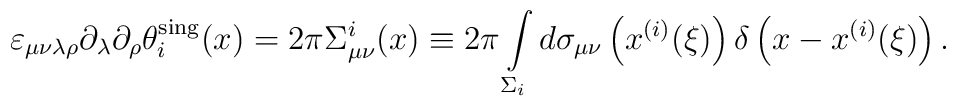
\varepsilon_{\mu\nu\lambda\rho}\partial_\lambda\partial_\rho\theta_i^{\rm sing}(x)=2\pi\Sigma_{\mu\nu}^i(x)\equiv2\pi\int\limits_{\Sigma_i}^{}d\sigma_{\mu\nu}\left(x^{(i)}(\xi)\right)\delta\left(x-x^{(i)}(\xi)\right).